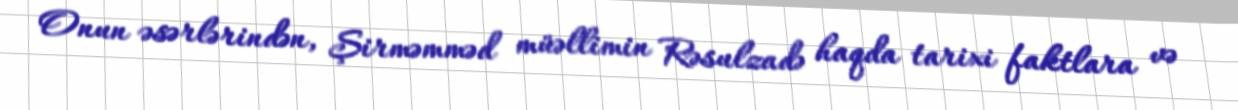
Onun əsərlərindən, Şirməmməd müəllimin Rəsulzadə haqda tarixi faktlara və